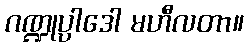
ဂဏ္ဍုပ္ပာဒေါ မဟီလတာ။